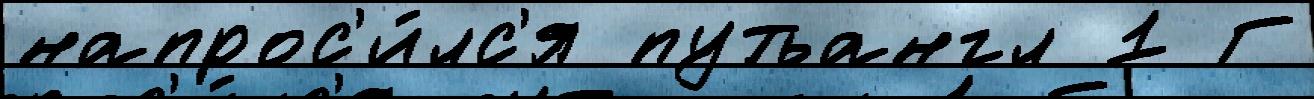
напрос'и́лс'я путьангл 1 Г